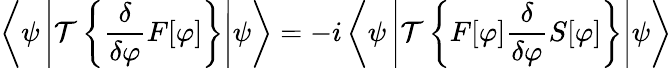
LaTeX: \left\langle\psi\left|{\mathcal{T}}\left\{ {\frac{\delta}{\delta\varphi}}F[\varphi]\right\} \right|\psi\right\rangle=-i\left\langle\psi\left|{\mathcal{T}}\left\{ F[\varphi]{\frac{\delta}{\delta\varphi}}S[\varphi]\right\} \right|\psi\right\rangle